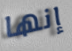
إنها